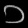
Digit: ၁